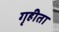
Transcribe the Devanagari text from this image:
गृहीता